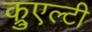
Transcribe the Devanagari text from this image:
क्रुएल्टी